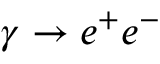
{ \gamma \rightarrow e ^ { + } e ^ { - } }